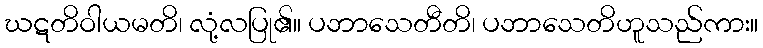
ဃဋတိဝါယမတိ၊ လုံ့လပြု၏။ ပဘာသေတီတိ၊ ပဘာသေတိဟူသည်ကား။